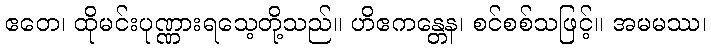
ဧတေ၊ ထိုမင်းပုဏ္ဏားရသေ့တို့သည်။ ဟိဧကန္တေန၊ စင်စစ်သဖြင့်။ အမမဿ၊